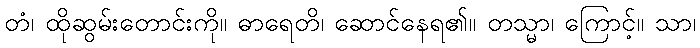
တံ၊ ထိုဆွမ်းတောင်းကို။ ဓာရေတိ၊ ဆောင်နေရ၏။ တသ္မာ၊ ကြောင့်။ သာ၊